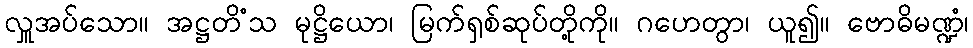
လှူအပ်သော။ အဋ္ဌတိံသ မုဋ္ဌိယော၊ မြက်ရှစ်ဆုပ်တို့ကို။ ဂဟေတွာ၊ ယူ၍။ ဗောဓိမဏ္ဍံ၊